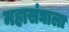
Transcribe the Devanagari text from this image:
महासंघाला